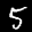
Label: 5